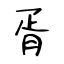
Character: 胥